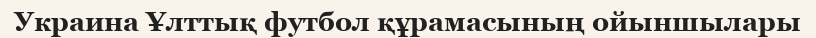
Украина Ұлттық футбол құрамасының ойыншылары